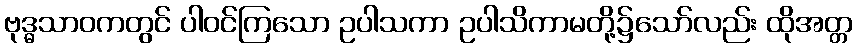
ဗုဒ္ဓသာဝကတွင် ပါဝင်ကြသော ဥပါသကာ ဥပါသိကာမတို့၌သော်လည်း ထိုအတ္တ